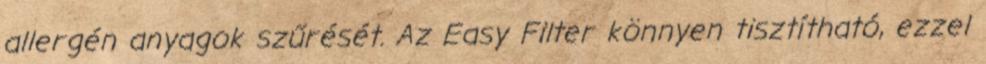
allergén anyagok szűrését. Az Easy Filter könnyen tisztítható, ezzel